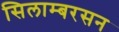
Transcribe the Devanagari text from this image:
सिलाम्बरसन